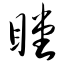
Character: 瞠